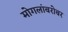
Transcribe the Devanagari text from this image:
मोगलांबरोबर